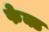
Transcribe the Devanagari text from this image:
फेक्ड